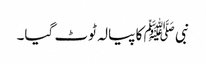
نبی ﷺ کا پیالہ ٹوٹ گیا۔